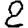
Digit: 2